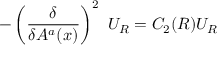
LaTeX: - \left( \frac { \delta } { \delta A ^ { a } ( x ) } \right) ^ { 2 } ~ U _ { R } = C _ { 2 } ( R ) U _ { R }